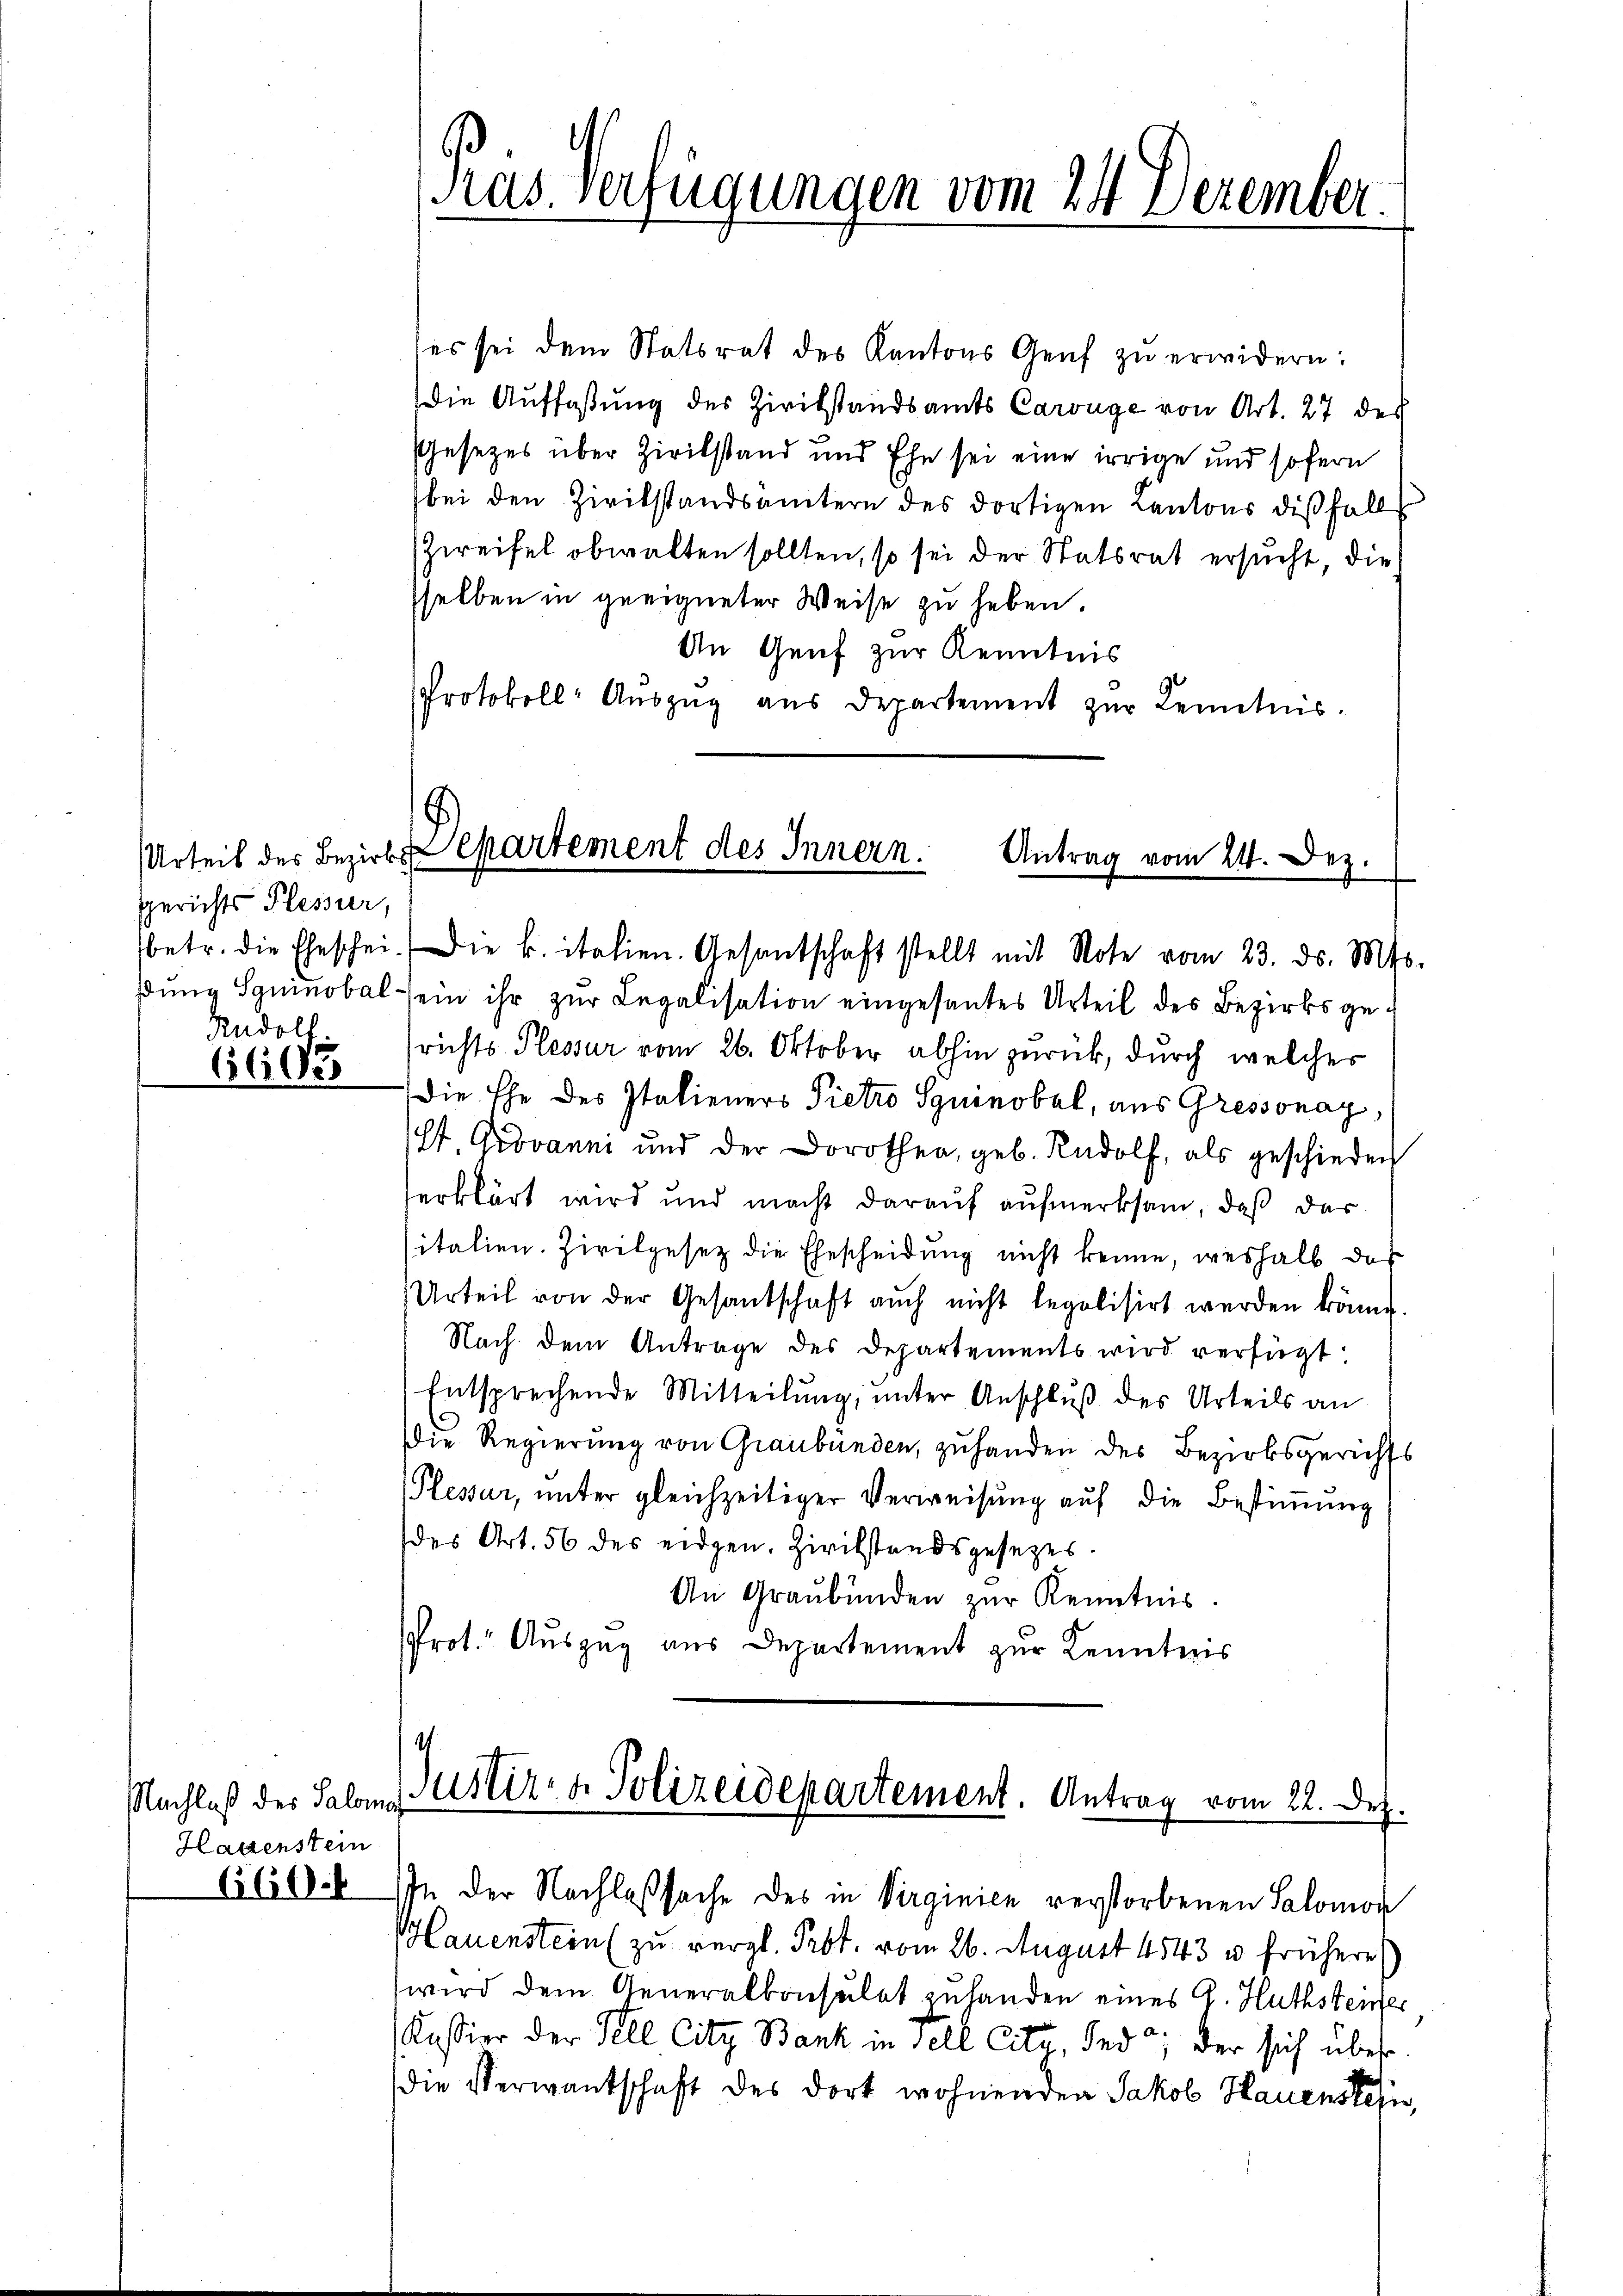
Gerichts Plessier,

1600

Nachlaß des Salom
Hagenstein
C610.

(es sei dem Statsrat des Kantons Genf zŭ erwidern:
die Auffaßung des Zivilstandsamts Carüge von Art. 27 des
Gesetzes über Zivilstand und Ehe sei eine irrige und sofern
bei den Zivilstandsämtern des dortigen Cantons dißfall
Zweifel obwalten sollten, so sei der Statsrat ersucht, die
selben in geeigneter Weise zu haben.
An Genf zur Kenntnis
Protokoll-Aŭszŭg aŭs Departement zŭr Kenntnis.
9

Rus Verfügungen vom 24 Dezember.

Urteil des Bezirksepartement des Innern.
Antrag vom 24. Dez.

betr. die Eheschei. Die k. italien. Gesandschaft stellt mit Note vom 23. ds. Mts.
ßung Syninobel ein ihr zur Legalisation eingesantes Urteil des Bezirksge¬
Rudolf srichts- Plessur vom 26. Oktober abhin zurück, durch welches
Die Ehe des Italieners Pietro Squinobel, aus Gressonay,
(St. Grovanni und der Dorothea geb. Rudolf, als geschieden
erklärt wird und macht darauf aufmerksam, daß das
italien. Zivilgesetz die Ehescheidung nicht kenne, weshalb das
Urteil von der Gesantschaft auch nicht legalisirt werden könne.
Nach dem Antrage des Departements wird verfügt:
Entsprechende Mitteilung, unter Anschluß des Urteils an
Die Regierung von Graubünden, zu handen des Bezirksgerichts
Plessar, unter gleichzeitiger Verweisung auf die Bestimmung
des Art. 56 des eidgen. Zivilstandsgesetzes.
An Graubünden zur Kenntnis.
Prot. Auszug aus Departement zur Kenntnis

Justiz- & Polizeidepartement. Antrag vom 22. Dez.

IIn der Nachlaßsache des in Virginien verstorbenen Salomon
Hauenstein (zu vergl. Prot. vom 26. August 4543 u frühere
wird dem Generalkonsulat zuhanden eines A. Huthstenfer
Kassier der Tell City Bank in Fell Cit Ind; der sich über
die Verwandschaft des dort wohnenden Jakob Hauenstein,